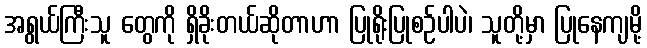
အရွယ်ကြီးသူ တွေကို ရှိခိုးတယ်ဆိုတာဟာ ပြုရိုးပြုစဉ်ပါပဲ၊ သူတို့မှာ ပြုနေကျမို့